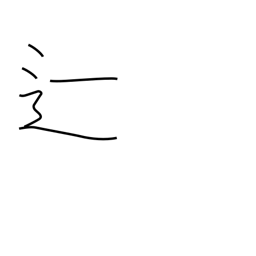
Meaning: fail in exams